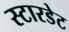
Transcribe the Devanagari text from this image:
स्टारडेट